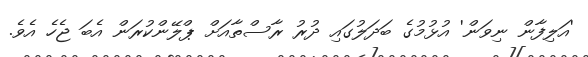
'އަލިފާން ނިވަން' އުޅުމުގެ ބަދަލުގައި ދުރު ރާސްތާއަށް ޕްލޭންކުރަން އެބަ ޖެހެ އެވެ.